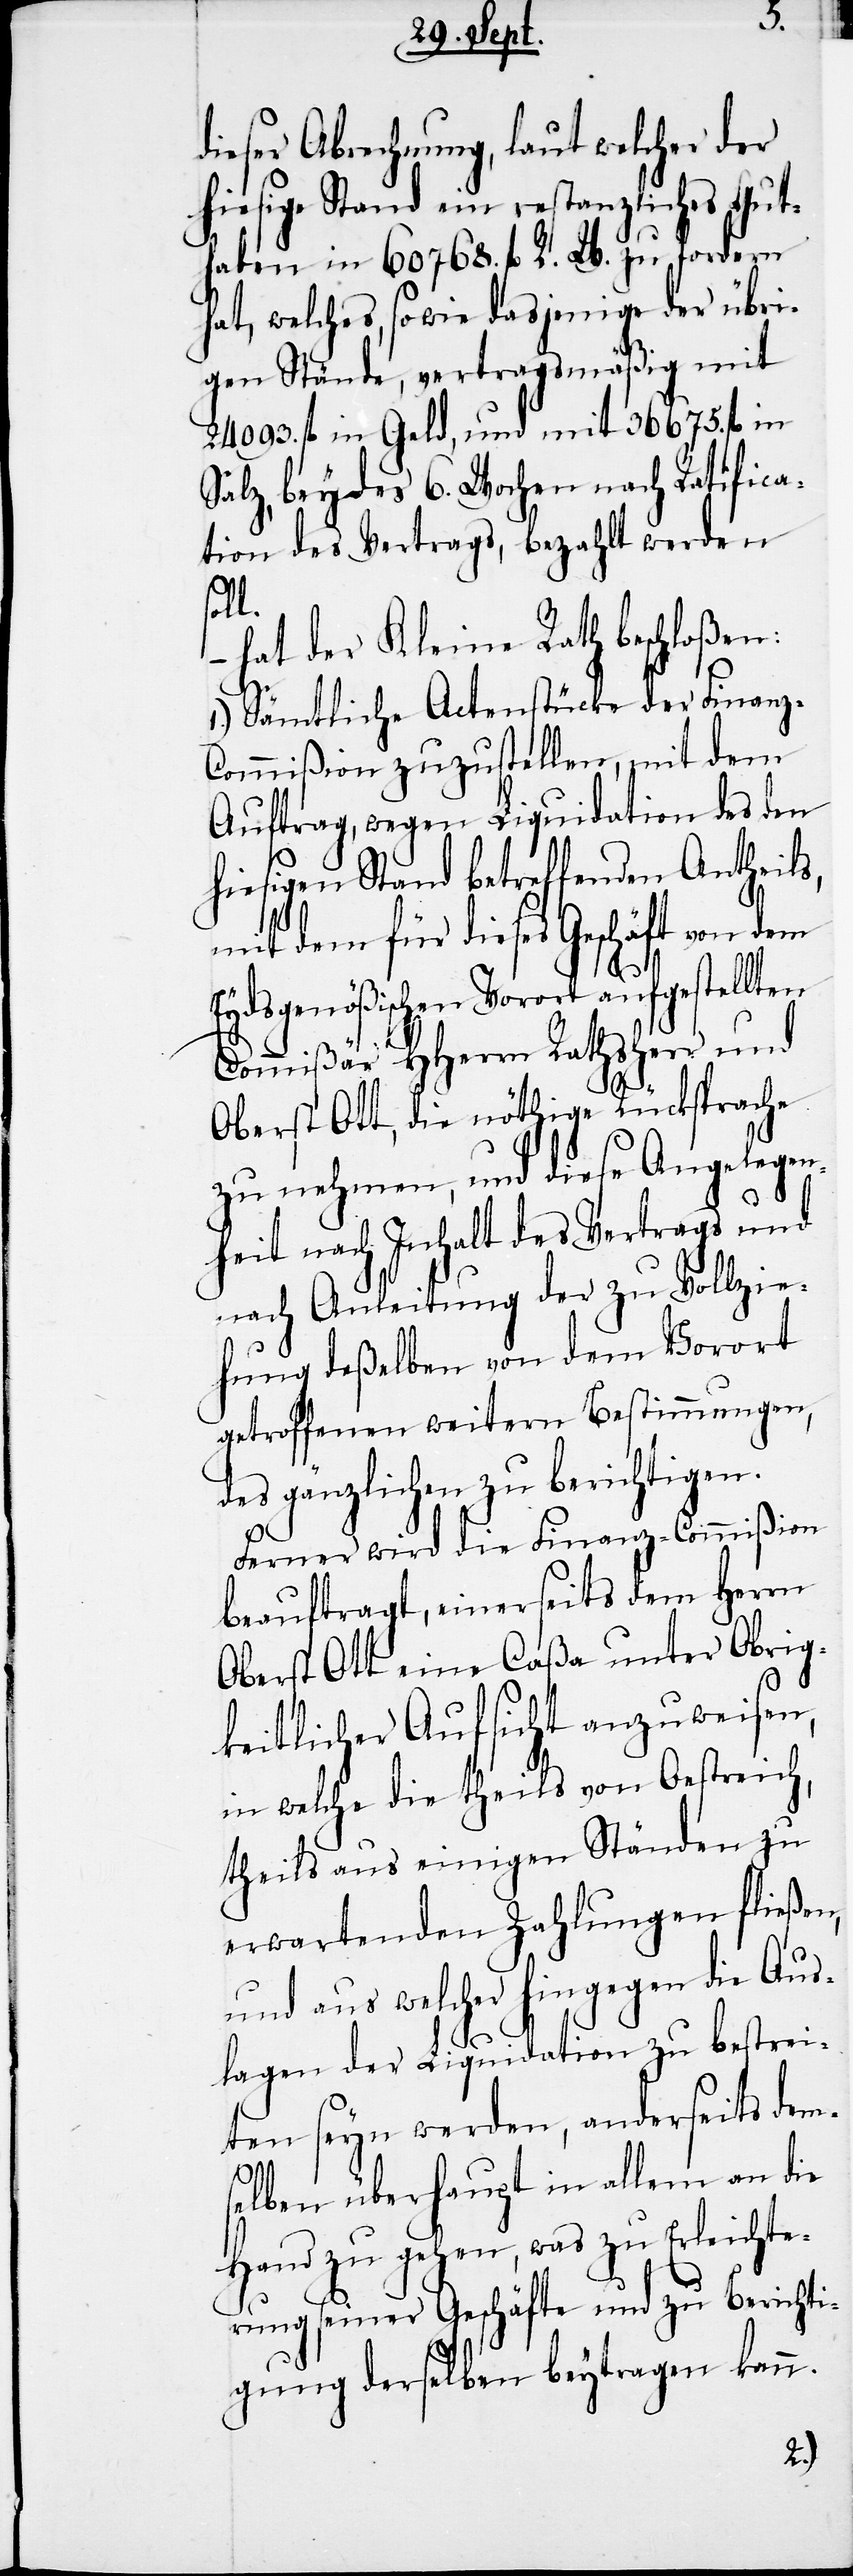
dieser Abrechnung, laut welcher der
hiesige Stand ein restanzliches Gut¬
haben in 60768. fl R. W. zu fordern
hat, welches, sowie dasjenige der übri¬
gen Stände, vertragsmäßig mit
24093. fl in Geld, und mit 36675. fl in
Salz, beydes 6. Wochen nach Ratifica¬
tion des Vertrags, bezahlt werden
l.
hat der Kleine Rath beschloßen:
1.) Sämtliche Actenstücke der Finanz-C¬
ommißion zuzustellen, mit dem
Auftrag, wegen Liquidation des den
hiesigen Stand betreffenden Antheils,
mit dem für dieses Geschäft von dem
Eydsgenößischen Vorort aufgestellten
Commißär HHerrn Rathsherr und
Oberst Ott, die nöthige Rücksprache
zu nehmen, und diese Angelegen¬
heit nach Inhalt des Vertrags und
nach Anleitung der zu Vollzie¬
hung deßelben von dem Vorort
getroffenen weitern Bestimmungen,
des gänzlichen zu berichtigen.
Ferner wird die Finanz-Commißion
beauftragt, einerseits dem Herrn
Oberst Ott eine Caßa unter Obrig¬
keitlicher Aufsicht anzuweisen,
in welche die theils von Oestreich,
theils aus einigen Ständen zu
erwartenden Zahlungen fließen,
und aus welcher hingegen die Aus¬
lagen der Liquidation zu bestrei¬
ten seyn werden, anderseits dems¬
elben überhaupt in allem an die
Hand zu gehen, was zu Erleichte¬
rung seiner Geschäfte und zu Berichti¬
gung derselben beytragen kann.